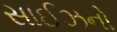
સાઈઝનો